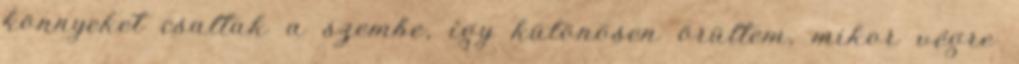
könnyeket csaltak a szembe, így különösen örültem, mikor végre